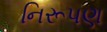
નિરૂપણ